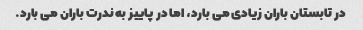
در تابستان باران زیادی می بارد، اما در پاییز به ندرت باران می بارد.